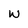
Character: w